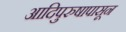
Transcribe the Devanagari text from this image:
आदिपुरुषापासून